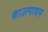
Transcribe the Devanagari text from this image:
काउत्पादन